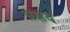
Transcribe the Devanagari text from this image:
प्रक्षय